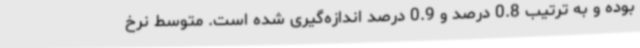
بوده و به ترتیب 0.8 درصد و 0.9 درصد اندازه‌گیری شده است. متوسط نرخ